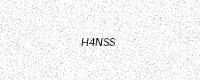
Text: H4NSS